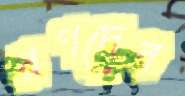
রণদেব